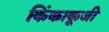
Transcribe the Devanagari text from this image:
किंकाकूजी